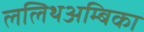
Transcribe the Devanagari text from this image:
ललिथअम्बिका